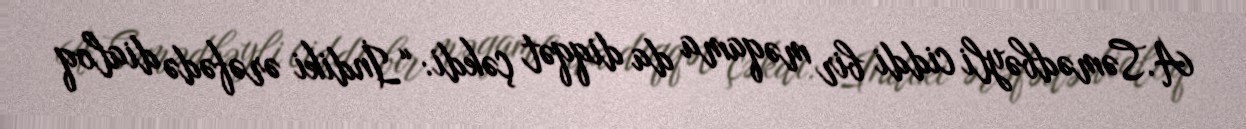
A.Səmədbəyli ciddi bir məqama da diqqət çəkdi: “İndiki ərəfədə dialoq